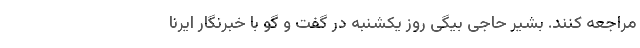
مراجعه کنند. بشیر حاجی بیگی روز یکشنبه در گفت و گو با خبرنگار ایرنا